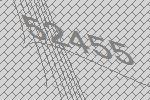
52455